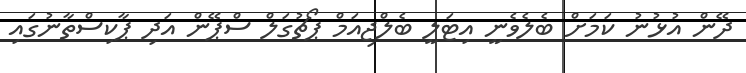
ދޭން އުޅުނު ކަމަށް ބެލެވެނީ އިޓަލީ ބެލްޖިއަމް ޕޯޗުގަލް ސްޕޭން އަދި ޕާކިސްތާނުގައި